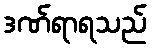
ဒဏ်ရာရသည်